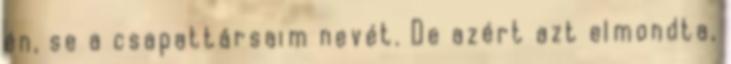
én, se a csapattársaim nevét. De azért azt elmondta,